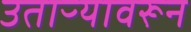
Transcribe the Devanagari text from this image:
उताऱ्यावरून